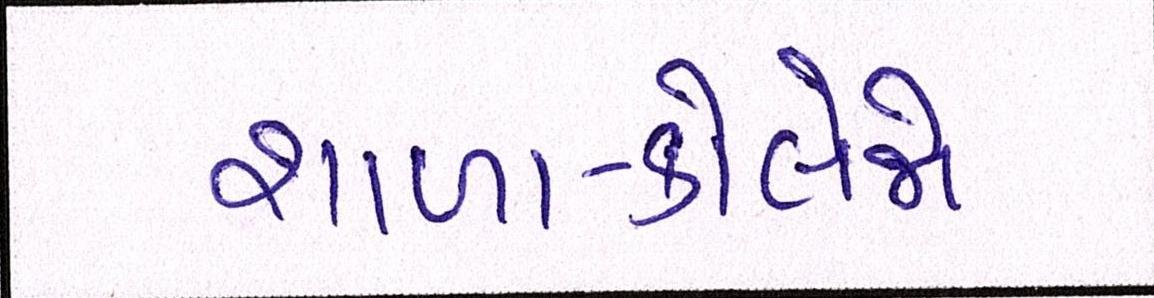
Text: શાળા-કોલેજો